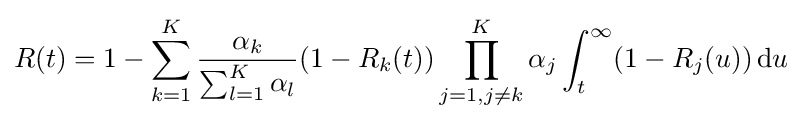
R(t)=1-\sum _{k=1}^{K}{\frac {\alpha _{k}}{\sum _{l=1}^{K}\alpha _{l}}}(1-R_{k}(t))\prod _{j=1,j\neq k}^{K}\alpha _{j}\int _{t}^{\infty }(1-R_{j}(u))\,{\text{d}}u